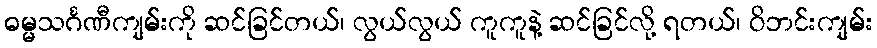
ဓမ္မသင်္ဂဏီကျမ်းကို ဆင်ခြင်တယ်၊ လွယ်လွယ် ကူကူနဲ့ ဆင်ခြင်လို့ ရတယ်၊ ဝိဘင်းကျမ်း